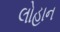
લોહાન